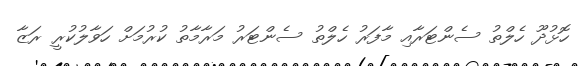
ހޮޅުދޫ ހެލްތު ސެންޓަރާއި މާފަރު ހެލްތު ސެންޓަރު މަރާމާތު ކުރުމަށް ހަވާލުކުރީ ރަޒާ